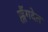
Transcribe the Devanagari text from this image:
ह्लैंगदेत